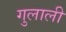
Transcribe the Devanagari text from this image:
गुलाली